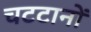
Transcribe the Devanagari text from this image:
चटटानों